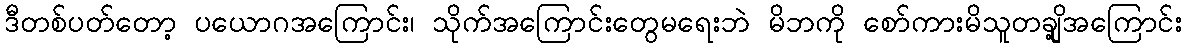
ဒီတစ်ပတ်တော့ ပယောဂအကြောင်း၊ သိုက်အကြောင်းတွေမရေးဘဲ မိဘကို စော်ကားမိသူတချို့အကြောင်း